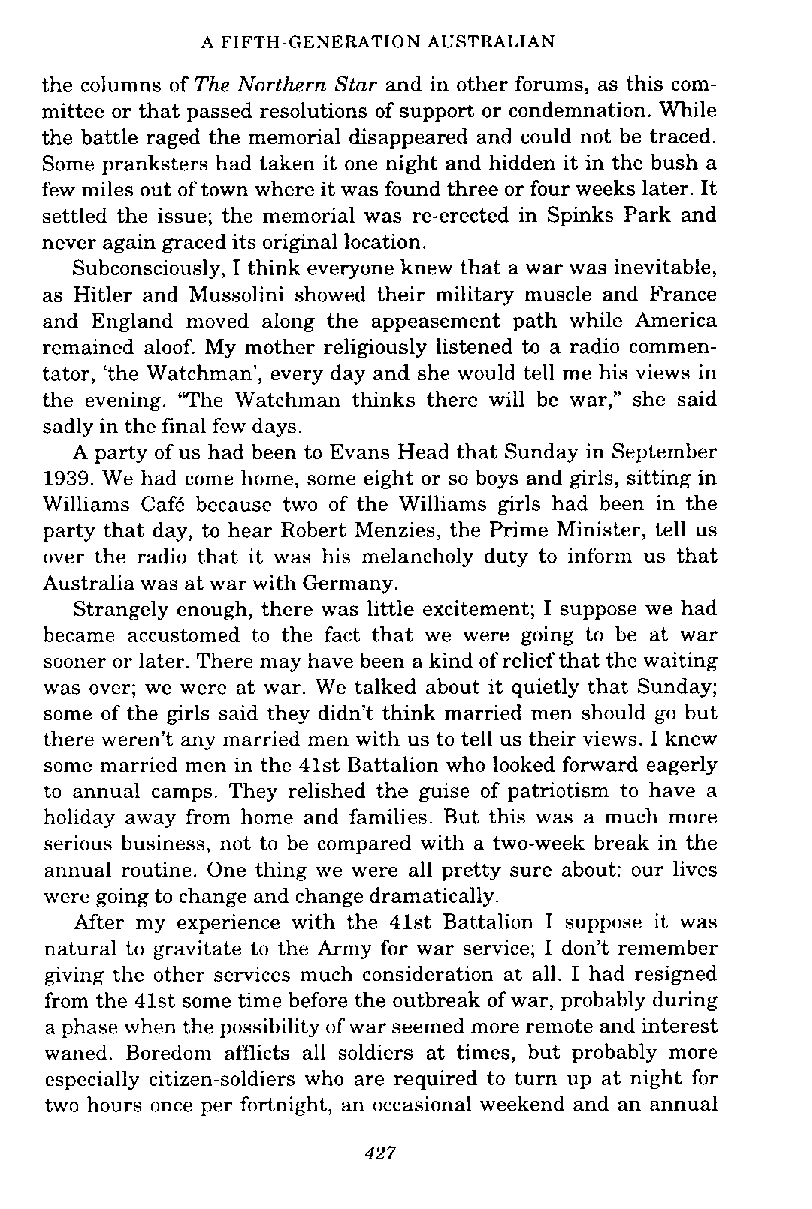
A FIFTH-GENERATION AUSTRALIAN
 the columns of The Northern Star and in other forums, as this com-
 mittee or that passed resolutions of support or condemnation. While
 the battle raged the memorial disappeared and could not be traced.
 Some pranksters had taken it one night and hidden it in the bush a
 few miles out of town where it was found three or four weeks later. It
 settled the issue; the memorial was re-erected in Spinks Park and
 never again graced its original location.
 Subconsciously, I think everyone knew that a war was inevitable,
 as Hitler and Mussolini showed their military muscle and France
 and England moved along the appeasement path while America
 remained aloof. My mother religiously listened to a radio commen-
 tator, 'the Watchman', every day and she would tell me his views in
 the evening. "The Watchman thinks there will be war," she said
 sadly in the final few days.
 A party of us had been to Evans Head that Sunday in September
 1939. We had come home, some eight or so boys and girls, sitting in
 Williams Caf4 because two of the Williams girls had been in the
 party that day, to hear Robert Menzies, the Prime Minister, tell us
 over the radio that it was his melancholy duty to inform us that
 Australia was at war with Germany.
 Strangely enough, there was little excitement; I suppose we had
 became accustomed to the fact that we were going to be at war
 sooner or later. There may have been a kind of relief that the waiting
 was over; we were at war. We talked about it quietly that Sunday;
 some of the girls said they didn't think married men should go but
 there weren't any married men with us to tell us their views. I knew
 some married men in the 41st Battalion who looked forward eagerly
 to annual camps. They relished the guise of patriotism to have a
 holiday away from home and families. But this was a much more
 serious business, not to be compared with a two-week break in the
 annual routine. One thing we were all pretty sure about: our lives
 were going to change and change dramatically.
 After my experience with the 41st Battalion I suppose it was
 natural to gravitate to the Army for war service; I don't remember
 giving the other services much consideration at all. I had resigned
 from the 41st some time before the outbreak of war, probably during
 a phase when the possibility of war seemed more remote and interest
 waned. Boredom afflicts all soldiers at times, but probably more
 especially citizen-soldiers who are required to turn up at night for
 two hours once per fortnight, an occasional weekend and an annual